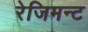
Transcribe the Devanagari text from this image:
रेजिमन्ट